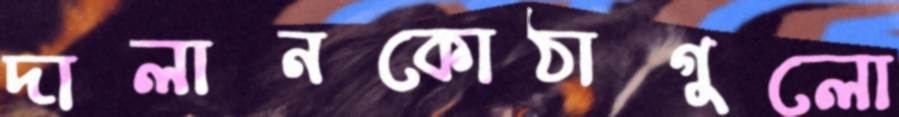
দালানকোঠাগুলো